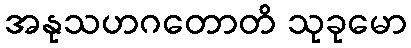
အနုသဟဂတောတိ သုခုမော